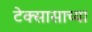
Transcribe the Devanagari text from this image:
टेक्सासाच्या